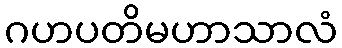
ဂဟပတိမဟာသာလံ